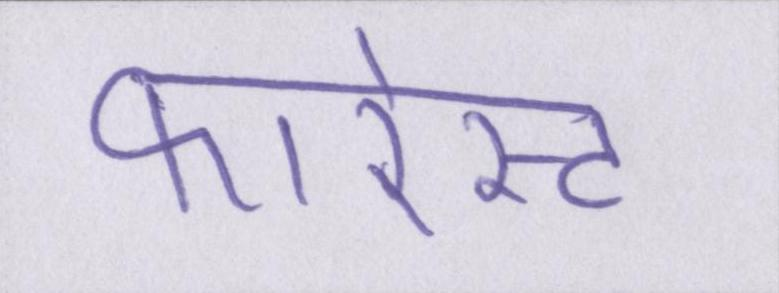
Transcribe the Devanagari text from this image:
फारेस्ट